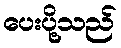
ပေးပို့သည်